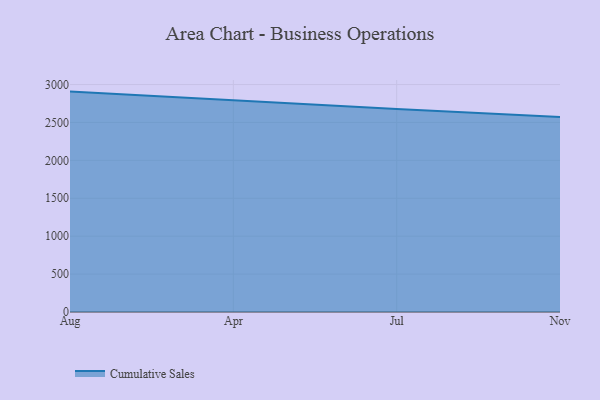
{"axis": {"x": "Month", "y": "Humidity (%)"}, "legend": ["Cumulative Sales"], "data": [{"x": "Aug", "y": 2907.1, "type": "Cumulative Sales"}, {"x": "Apr", "y": 2790.5, "type": "Cumulative Sales"}, {"x": "Jul", "y": 2677.2, "type": "Cumulative Sales"}, {"x": "Nov", "y": 2572.9, "type": "Cumulative Sales"}]}